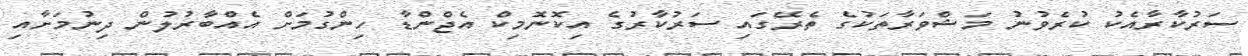
ސަރުކާރާއެކު ކުރެވުނު މަޝްވަރާތަކުގެ ތެރޭގައި ސަރުކާރުގެ އިކޮނޮމިކް އެޖްންޑާ ހިންގުމަށް އެއްބާރުލުން ދިނުމަށާއި